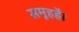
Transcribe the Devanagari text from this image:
समूहहै।